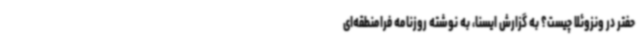
حفتر در ونزوئلا چیست؟ به گزارش ایسنا، به نوشته روزنامه فرامنطقه‌ای